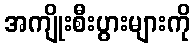
အကျိုးစီးပွားများကို